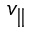
v _ { \parallel }